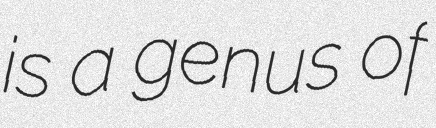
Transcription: is a genus of